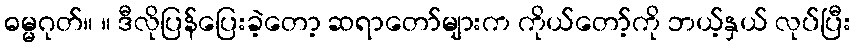
ဓမ္မဂုတ်။ ။ ဒီလိုပြန်ပြေးခဲ့တော့ ဆရာတော်များက ကိုယ်တော့်ကို ဘယ့်နှယ် လုပ်ပြီး